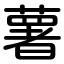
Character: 薯